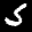
Label: 5